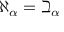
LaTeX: \aleph _ { \alpha } = \beth _ { \alpha }